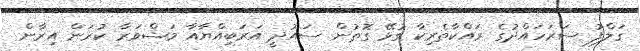
ގަލްފު ސަރަހައްދުގެ ރައްކާތެރިކާ ގުޅޭ ގޮތުން ސައުދީ އަރަބިއްޔާއާ މަޝްވަރާ ކުރަން އިރާން